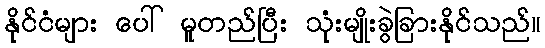
နိုင်ငံများ ပေါ် မူတည်ပြီး သုံးမျိုးခွဲခြားနိုင်သည်။